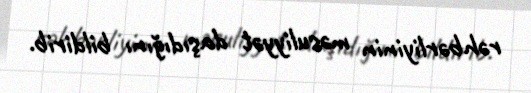
rəhbərliyinin məsuliyyət daşıdığını bildirib.